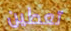
تعطين